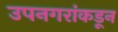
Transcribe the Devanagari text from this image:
उपनगरांकडून